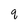
Character: q